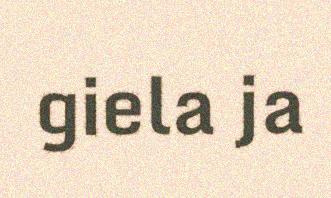
giela ja